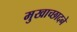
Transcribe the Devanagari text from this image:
मुखाच्छादने